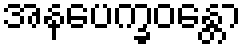
အနပေက္ခဝန္တော